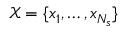
\mathcal { X } = \{ x _ { 1 } , \ldots , x _ { N _ { s } } \}